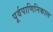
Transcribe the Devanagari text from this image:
पूर्वपाणिनिकाल